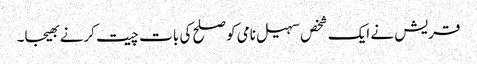
قریش نے ایک شخص سہیل نامی کو صلح کی بات چیت کرنے بھیجا۔